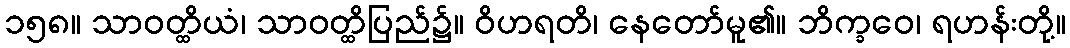
၁၅၈။ သာဝတ္ထိယံ၊ သာဝတ္ထိပြည်၌။ ဝိဟရတိ၊ နေတော်မူ၏။ ဘိက္ခဝေ၊ ရဟန်းတို့။